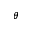
\theta